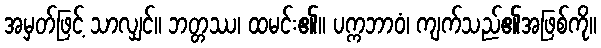
အမှတ်ဖြင့် သာလျှင်။ ဘတ္တဿ၊ ထမင်း၏။ ပက္ကဘာဝံ၊ ကျက်သည်၏အဖြစ်ကို။